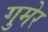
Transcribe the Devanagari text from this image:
गुमेर